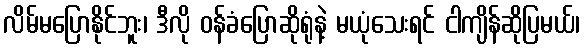
လိမ်မပြောနိုင်ဘူး၊ ဒီလို ဝန်ခံပြောဆိုရုံနဲ့ မယုံသေးရင် ငါကျိန်ဆိုပြမယ်၊